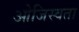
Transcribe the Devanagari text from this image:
ओजिस्वता